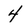
Character: 4